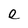
Character: e